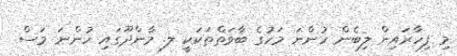
މި ފިހާރައިން ލިބެން ހުންނަ މަހުގެ ބާވަތްތަކަކީ ލ. މާންދޫގައި ހުންނަ މަސް